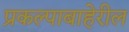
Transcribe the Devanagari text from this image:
प्रकल्पाबाहेरील